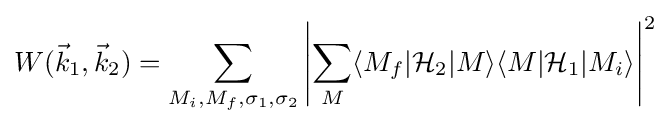
W({\vec {k}}_{1},{\vec {k}}_{2})=\sum _{M_{i},M_{f},\sigma _{1},\sigma _{2}}\left|\sum _{M}\langle M_{f}|{\mathcal {H}}_{2}|M\rangle \langle M|{\mathcal {H}}_{1}|M_{i}\rangle \right|^{2}